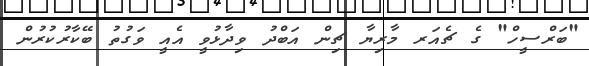
"ބަރްސީހް" ގެ ޗެއަރ މާރިޔާ ޗިން އަބްދު ވިދާޅުވީ އެއީ ވަގުތު ބޭކާރުކުރުން